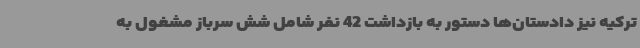
ترکیه نیز دادستان‌ها دستور به بازداشت 42 نفر شامل شش سرباز مشغول به